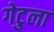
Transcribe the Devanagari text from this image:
गेटुला